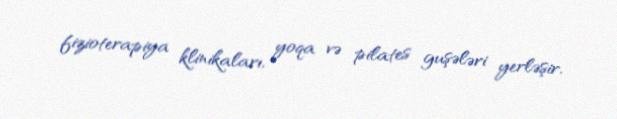
fizioterapiya klinikaları, yoqa və pilates guşələri yerləşir.